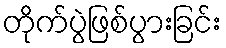
တိုက်ပွဲဖြစ်ပွားခြင်း